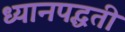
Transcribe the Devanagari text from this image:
ध्यानपद्धती